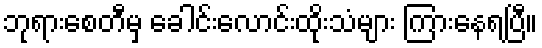
ဘုရားစေတီမှ ခေါင်းလောင်းထိုးသံများ ကြားနေရပြီ။